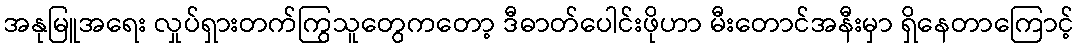
အနုမြူအရေး လှုပ်ရှားတက်ကြွသူတွေကတော့ ဒီဓာတ်ပေါင်းဖိုဟာ မီးတောင်အနီးမှာ ရှိနေတာကြောင့်